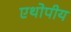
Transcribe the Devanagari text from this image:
एथोपीय